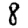
Digit: 8